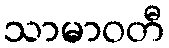
သာမာဝတီ